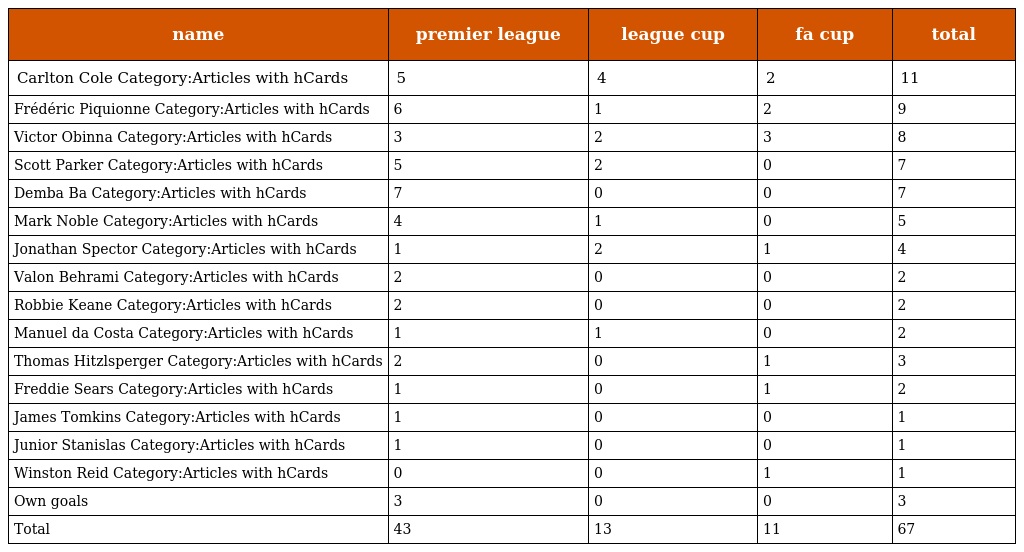
| name | premier league | league cup | fa cup | total |
 | --- | --- | --- | --- | --- |
 | Carlton Cole Category:Articles with hCards | 5 | 4 | 2 | 11 |
 | Frédéric Piquionne Category:Articles with hCards | 6 | 1 | 2 | 9 |
 | Victor Obinna Category:Articles with hCards | 3 | 2 | 3 | 8 |
 | Scott Parker Category:Articles with hCards | 5 | 2 | 0 | 7 |
 | Demba Ba Category:Articles with hCards | 7 | 0 | 0 | 7 |
 | Mark Noble Category:Articles with hCards | 4 | 1 | 0 | 5 |
 | Jonathan Spector Category:Articles with hCards | 1 | 2 | 1 | 4 |
 | Valon Behrami Category:Articles with hCards | 2 | 0 | 0 | 2 |
 | Robbie Keane Category:Articles with hCards | 2 | 0 | 0 | 2 |
 | Manuel da Costa Category:Articles with hCards | 1 | 1 | 0 | 2 |
 | Thomas Hitzlsperger Category:Articles with hCards | 2 | 0 | 1 | 3 |
 | Freddie Sears Category:Articles with hCards | 1 | 0 | 1 | 2 |
 | James Tomkins Category:Articles with hCards | 1 | 0 | 0 | 1 |
 | Junior Stanislas Category:Articles with hCards | 1 | 0 | 0 | 1 |
 | Winston Reid Category:Articles with hCards | 0 | 0 | 1 | 1 |
 | Own goals | 3 | 0 | 0 | 3 |
 | Total | 43 | 13 | 11 | 67 |